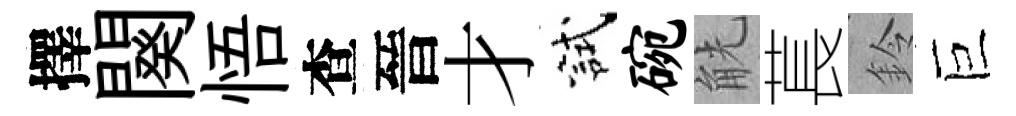
擇闋悟查晉才試碗觥萇鈴巨